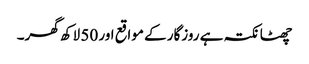
چھٹا نکتہ ہے روزگار کے مواقع اور 50 لاکھ گھر۔